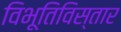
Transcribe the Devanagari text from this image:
विभूतिविस्तार